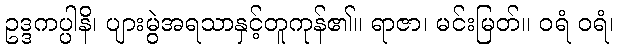
ဥဒ္ဒကပ္ပါနိ၊ ပျားမွဲအရသာနှင့်တူကုန်၏။ ရာဇာ၊ မင်းမြတ်။ ဝရံ ဝရံ၊